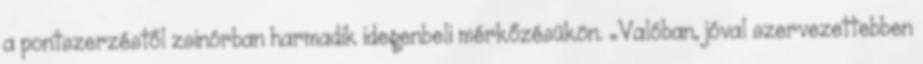
a pontszerzéstől zsinórban harmadik idegenbeli mérkőzésükön. „Valóban, jóval szervezettebben